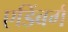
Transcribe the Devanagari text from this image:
एडिंबर्ग